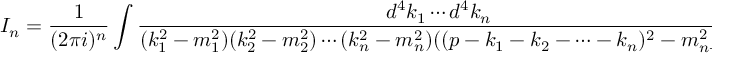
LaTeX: { \cal I } _ { n } = \frac { 1 } { ( 2 \pi i ) ^ { n } } \int \frac { d ^ { 4 } k _ { 1 } \cdots d ^ { 4 } k _ { n } } { ( k _ { 1 } ^ { 2 } - m _ { 1 } ^ { 2 } ) ( k _ { 2 } ^ { 2 } - m _ { 2 } ^ { 2 } ) \cdots ( k _ { n } ^ { 2 } - m _ { n } ^ { 2 } ) ( ( p - k _ { 1 } - k _ { 2 } - \cdots - k _ { n } ) ^ { 2 } - m _ { n + 1 } ^ { 2 } ) } \ \ .